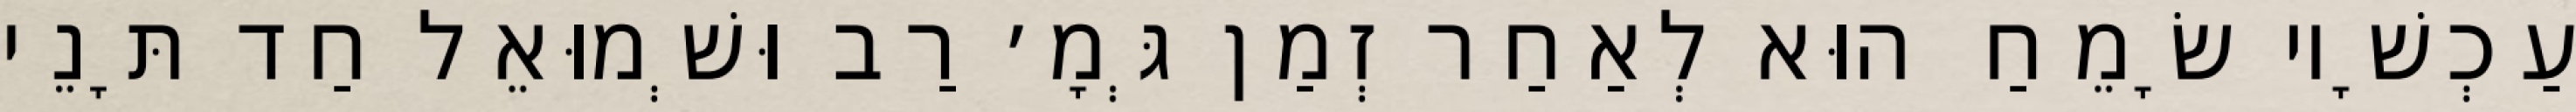
עַכְשָׁיו שָׂמֵחַ הוּא לְאַחַר זְמַן גְּמָ׳ רַב וּשְׁמוּאֵל חַד תָּנֵי